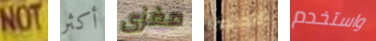
NOT أكثر مغزى الاضواء واستخدم